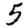
Digit: 5